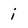
Character: i